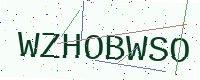
Text: WZHOBWSO